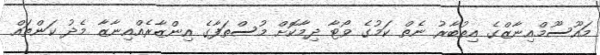
މައޫސޫމްއިނާޒްގެ އިތުބާރު ނެތް ކަމުގެ ވޯޓާ ދިމާކޮށް މުސްތަފާގެ އިންޒާރެއްއިނާޒާ މެދު ކަންތައް